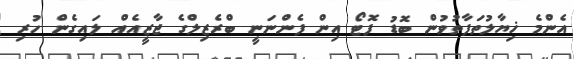
އެންމެ ޚިޔާލުތަފާތުވުން ބޮޑު ފޮޓޯ އިން ފެންނަނީ ބްރެޒިލްގެ ޖާޒީއެއް ލައިގެން ހުރި